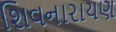
શિવનારાયણ